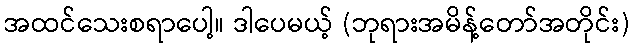
အထင်သေးစရာပေါ့။ ဒါပေမယ့် (ဘုရားအမိန့်တော်အတိုင်း)